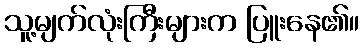
သူ့မျက်လုံးကြီးများက ပြူးနေ၏။